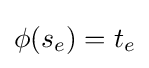
\phi (s_{e})=t_{e}